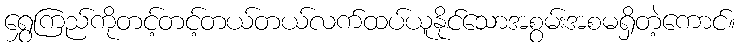
ရွှေကြည်ကိုတင့်တင့်တယ်တယ်လက်ထပ်ယူနိုင်သောအစွမ်းအစမရှိတဲ့ကောင်။